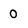
Character: 0